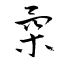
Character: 柔